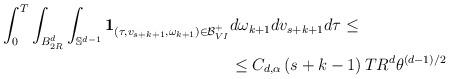
LaTeX: \begin{align*}\begin{aligned}\int_0^T \int_{B_{2R}^d} \int_{\mathbb{S}^{d-1}} \mathbf{1}_{\left(\tau,v_{s+k+1},\omega_{k+1}\right) \in \mathcal{B}^+_{VI}} & d\omega_{k+1} dv_{s+k+1} d\tau \leq \\& \leq C_{d,\alpha} \left( s+k-1 \right) T R^d \theta^{(d-1)/2}\end{aligned}\end{align*}